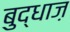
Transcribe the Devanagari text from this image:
बुद्धाज़